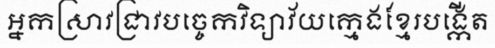
អ្នកស្រាវជ្រាវបច្ចេកវិទ្យាវ័យក្មេងខ្មែរបង្កើត